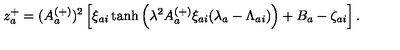
z _ { a } ^ { + } = ( A _ { a } ^ { ( + ) } ) ^ { 2 } \left[ \xi _ { a i } \tanh \left( \lambda ^ { 2 } A _ { a } ^ { ( + ) } \xi _ { a i } ( \lambda _ { a } - \Lambda _ { a i } ) \right) + B _ { a } - \zeta _ { a i } \right] .